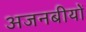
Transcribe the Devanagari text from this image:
अजनबीयों